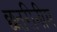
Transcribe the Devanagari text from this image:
छतरीनीम